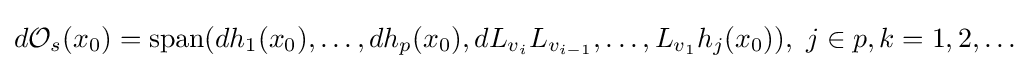
d{\mathcal {O}}_{s}(x_{0})=\operatorname {span} (dh_{1}(x_{0}),\ldots ,dh_{p}(x_{0}),dL_{v_{i}}L_{v_{i-1}},\ldots ,L_{v_{1}}h_{j}(x_{0})),\ j\in p,k=1,2,\ldots